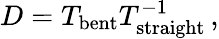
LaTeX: D=T_{\mathrm{bent}}T_{\mathrm{straight}}^{-1}\, ,